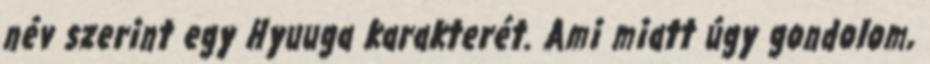
név szerint egy Hyuuga karakterét. Ami miatt úgy gondolom,